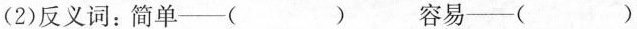
(2)反义词：简单—( ) 容易—( )